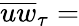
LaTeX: \overline{{uw}}_{\tau}=